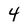
Character: 4